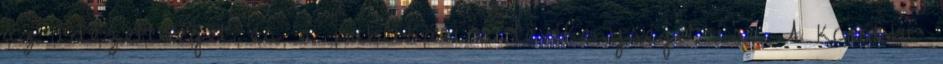
az idézettséget és a publikációs tevékenységet is. A korábbi